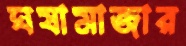
ঘষামাজার